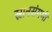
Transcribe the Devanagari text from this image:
स्नानसंगमी